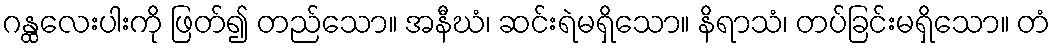
ဂန္ထလေးပါးကို ဖြတ်၍ တည်သော။ အနီဃံ၊ ဆင်းရဲမရှိသော။ နိရာသံ၊ တပ်ခြင်းမရှိသော။ တံ